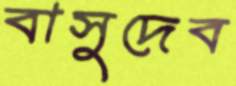
বাসুদেব